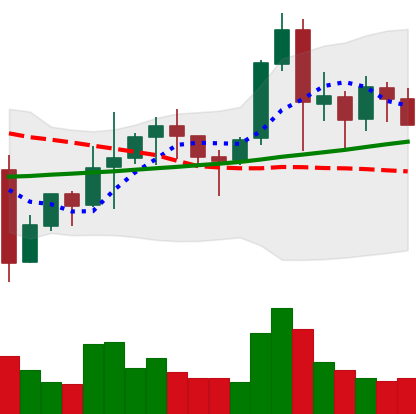
Ticker: NEO-USD
Chart end date: 2021-11-15
Forward return: -10.646%
Label: down_7plus